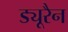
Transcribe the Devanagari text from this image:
ड्यूरैन